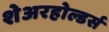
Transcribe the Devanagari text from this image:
शेअरहोल्डर्स